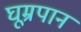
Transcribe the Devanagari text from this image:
घूम्रपान